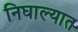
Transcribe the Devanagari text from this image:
निघाल्यात